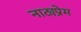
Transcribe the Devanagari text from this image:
नाट्यप्रेम